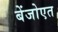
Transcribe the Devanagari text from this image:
बेंजोएत